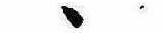
ゝ